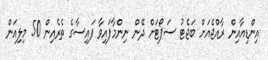
އިންޑިއާއިން ރާއްޖެއަށް ބަޖެޓު ސަޕޯޓަށް ދޭން ނިންމާފައިވާ ފައިސާގެ ތެރެއިން 50 މިލިއަން